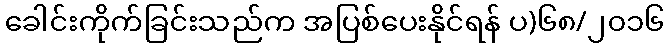
ခေါင်းကိုက်ခြင်းသည်က အပြစ်ပေးနိုင်ရန် ပ)၆၈/၂၀၁၆